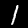
Digit: 1